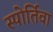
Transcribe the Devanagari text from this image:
स्पोर्तिवा